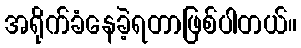
အရိုက်ခံနေခဲ့ရတာဖြစ်ပါတယ်။